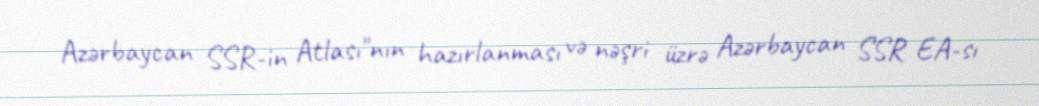
Azərbaycan SSR-in Atlası"nın hazırlanması və nəşri üzrə Azərbaycan SSR EA-sı